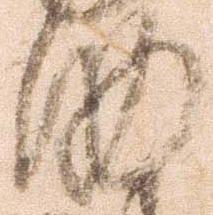
助